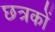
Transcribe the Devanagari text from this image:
छत्रकों